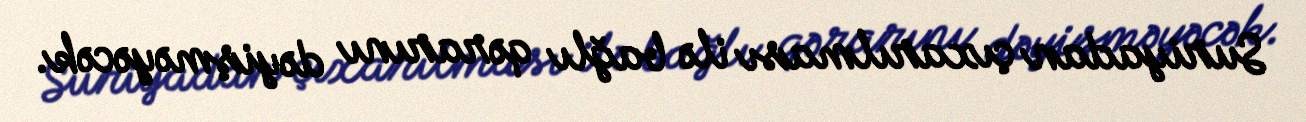
Suriyadan çıxarılması ilə bağlı qərarını dəyişməyəcək.